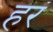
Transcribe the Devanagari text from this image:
हरं